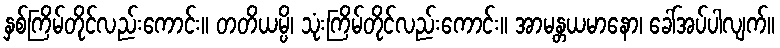
နှစ်ကြိမ်တိုင်လည်းကောင်း။ တတိယမ္ပိ၊ သုံးကြိမ်တိုင်လည်းကောင်း။ အာမန္တယမာနော၊ ခေါ်အပ်ပါလျက်။